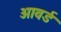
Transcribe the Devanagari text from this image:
आवर्ड